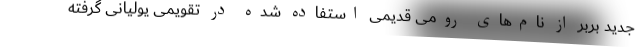
جدید بربر از نام‌های رومی قدیمی استفاده شده در تقویمی یولیانی گرفته